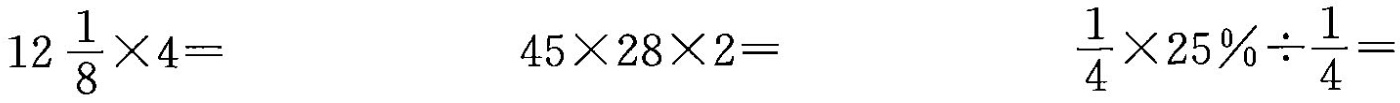
$$12 \frac{1}{8} \times 4=$$ $$45\times 28\times 2= $$\frac{1}{4} \times 25 \% \div \frac{1}{4}=$$